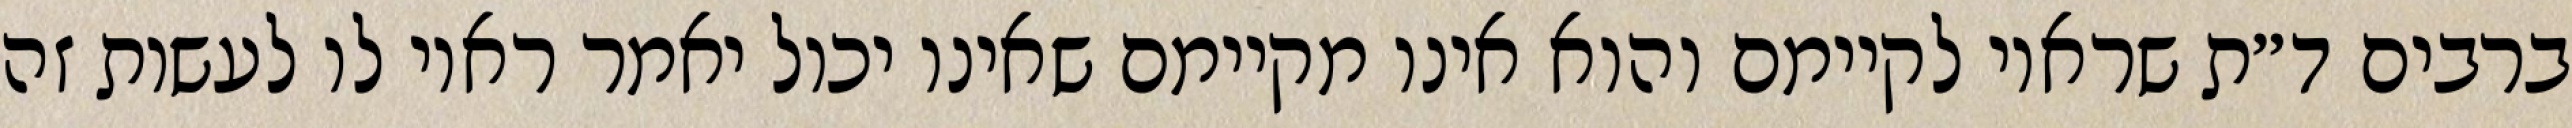
ברבים ד״ת שראוי לקיימם והוא אינו מקיימם שאינו יכול יאמר ראוי לו לעשות זה